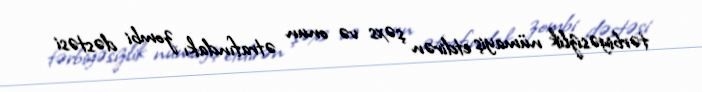
tərbiyəsizlik nümayiş etdirən şəxs və onun ətrafındakı zombi dəstəsi